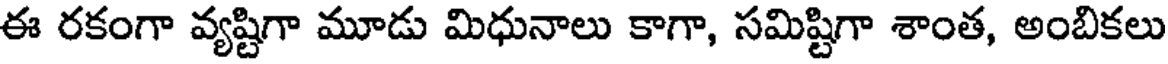
ఈ రకంగా వ్యష్టిగా మూడు మిధునాలు కాగా, సమిష్టిగా శాంత, అంబికలు